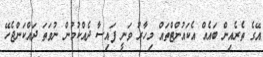
އޭގެ ތެރެއިން ބައެއް އެކައުންޓްތައް މިހާރު ވަނީ ފައިސާ ދެއްކުމުން ނުވަތަ ދައްކަންޖެހޭ